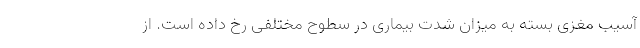
آسیب مغزی بسته به میزان شدت بیماری در سطوح مختلفی رخ داده است. از